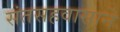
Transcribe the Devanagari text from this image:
संतसहवासाने